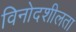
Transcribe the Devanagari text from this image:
विनोदशीलता